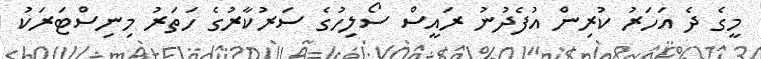
މީގެ ދެ އަހަރު ކުރިން އުފެދުނު ރައީސް ސޯލިހުގެ ސަރުކާރުގެ ހަތަރު މިނިސްޓަރަކު